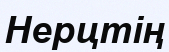
Нерцтің